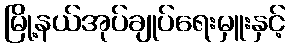
မြို့နယ်အုပ်ချုပ်ရေးမှူးနှင့်